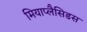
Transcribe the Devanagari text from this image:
मियाप्लैसिडस